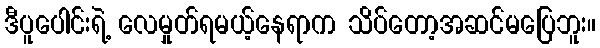
ဒီပူပေါင်းရဲ့ လေမှုတ်ရမယ့်နေရာက သိပ်တော့အဆင်မပြေဘူး။